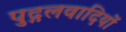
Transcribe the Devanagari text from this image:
पुद्गलवादियों